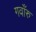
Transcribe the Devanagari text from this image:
गवाँरु